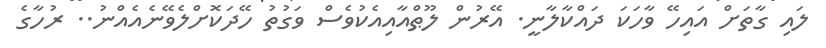
ލައި ގާތަށް އައިހޭ ވާހަކަ ދައްކާލާނީ. އޭރުން ލޫޠްއާއިއެކުވެސް ވަގުތު ހޭދަކޮށްލެވޭނެއެއްނު.. ރުހާގެ